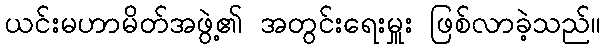
ယင်းမဟာမိတ်အဖွဲ့၏ အတွင်းရေးမှူး ဖြစ်လာခဲ့သည်။